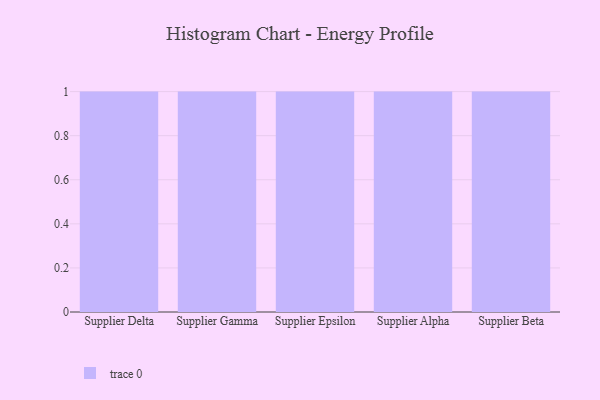
{"axis": {"x": "Supplier", "y": "Bounce Rate (%)"}, "legend": [""], "data": [{"x": "Supplier Delta", "y": 47, "type": ""}, {"x": "Supplier Gamma", "y": 16, "type": ""}, {"x": "Supplier Epsilon", "y": 61, "type": ""}, {"x": "Supplier Alpha", "y": 89, "type": ""}, {"x": "Supplier Beta", "y": 98, "type": ""}]}